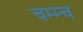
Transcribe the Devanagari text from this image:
चम्म्च